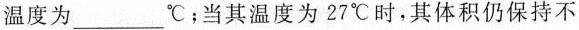
温度为___℃；当其温度为27℃时，其体积仍保持不